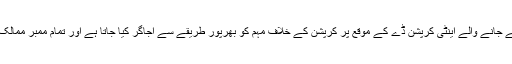
انہوں نے کہا کہ ہر سال 9دسمبر کو دنیا بھر میں منائے جانے والے اینٹی کرپشن ڈے کے موقع پر کرپشن کے خلاف مہم کو بھرپور طریقے سے اجاگر کیا جاتا ہے اور تمام ممبر ممالک اس مہم میں کرپشن کے خلاف عہد کااعادہ کرتے ہیں۔